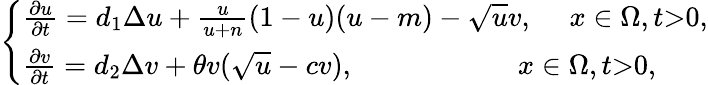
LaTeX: \left\{ \begin{array}{ll}{\frac{\partial u}{\partial t}=d_{1}\Delta u+\frac{u}{u+n}(1-u)(u-m)-\sqrt{u}v,\ \ \ \ \ x\in\Omega,t\textgreater 0,}\\ {\frac{\partial v}{\partial t}=d_{2}\Delta v+\theta v(\sqrt{u}-cv),\ \ \ \ \ \ \ \ \ \ \ \ \ \ \ \ \ \ \ \ \ \ \ x\in\Omega,t\textgreater 0,}\end{array}\right.